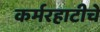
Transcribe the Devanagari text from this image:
कर्मरहाटीचे